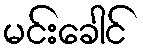
မင်းခေါင်